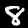
Digit: 8